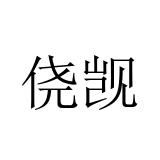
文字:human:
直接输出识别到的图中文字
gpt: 侥觊